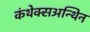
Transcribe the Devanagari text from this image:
कंथेक्सअन्थिन